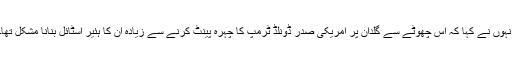
انہوں نے کہا کہ اس چھوٹے سے گلدان پر امریکی صدر ڈونلڈ ٹرمپ کا چہرہ پینٹ کرنے سے زیادہ ان کا ہئیر اسٹائل بنانا مشکل تھا۔